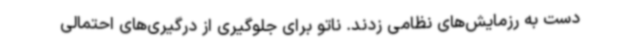
دست به رزمایش‌های نظامی زدند. ناتو برای جلوگیری از درگیری‌های احتمالی